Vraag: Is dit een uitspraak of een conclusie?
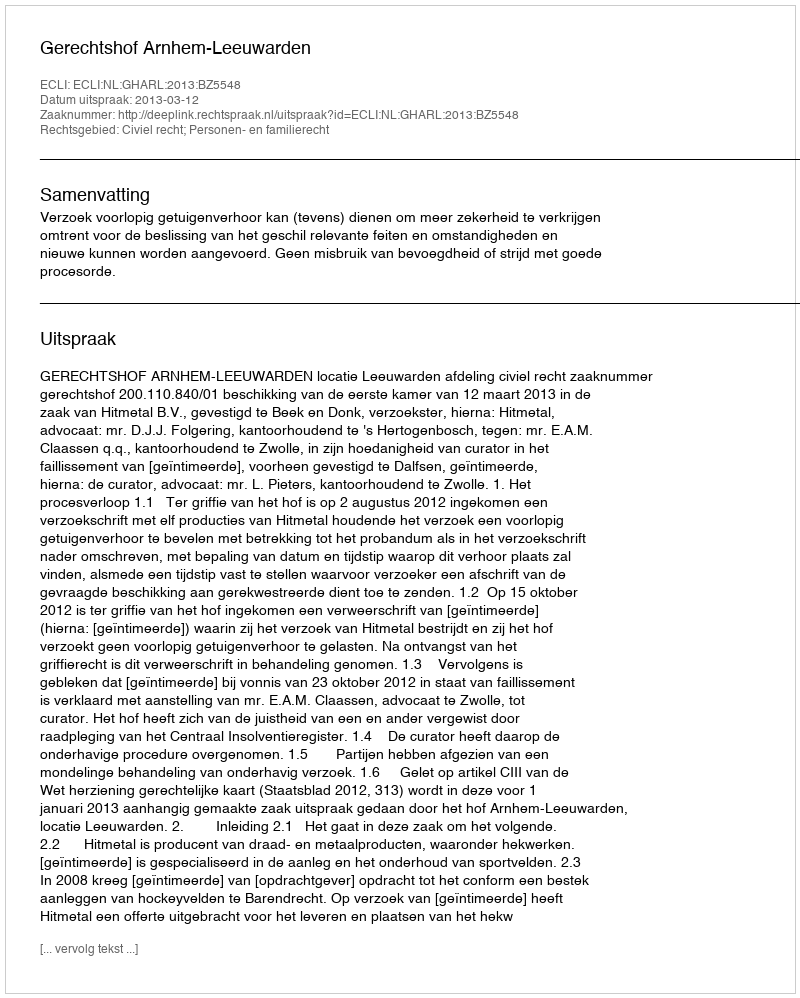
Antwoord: Uitspraak